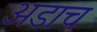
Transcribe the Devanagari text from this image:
अडाच